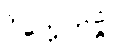
ဝိက္ကေတဗ္ဗံ